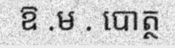
ឱ .ម . បោត្ថ